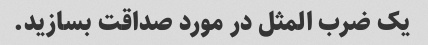
یک ضرب المثل در مورد صداقت بسازید.